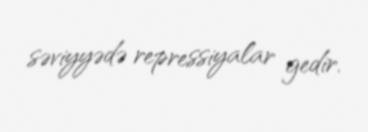
səviyyədə repressiyalar gedir.